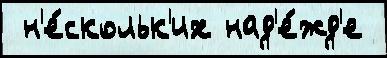
 н'е́скольк'их над'е́жд'е